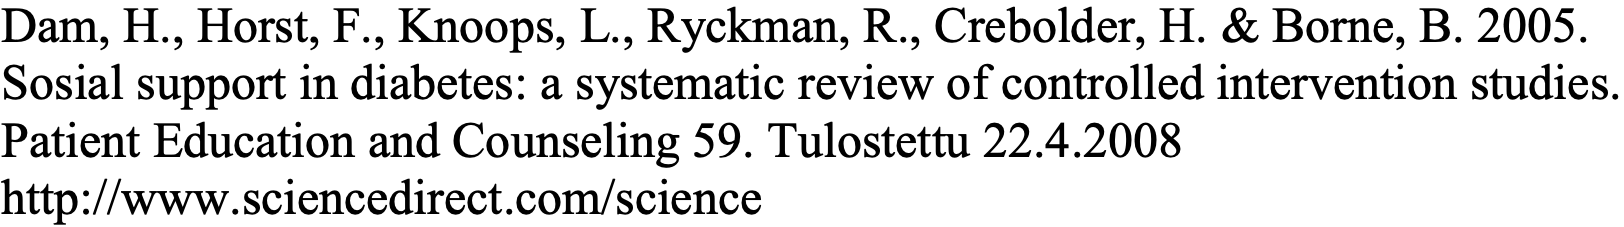
Dam, H., Horst, F., Knoops, L., Ryckman, R., Crebolder, H. & Borne, B. 2005. Sosial support in diabetes: a systematic review of controlled intervention studies. Patient Education and Counseling 59. Tulostettu 22.4.2008 http://www.sciencedirect.com/science